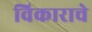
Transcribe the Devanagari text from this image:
विकाराचे